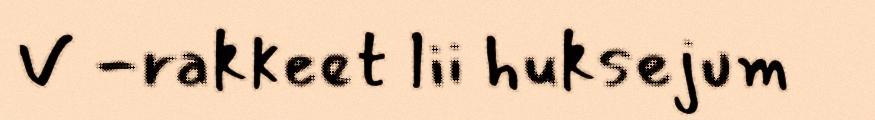
V -rakkeet lii huksejum